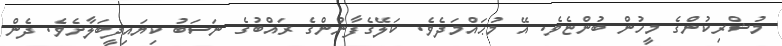
މުޝްރިކުންގެ މީހުން ބުންޏެވެ. އޭ މުޙައްމަދެވެ. ކަލޭގެފާނުންގެ ރައްބުގެ ނަސަބު ކިޔައިދީބަލާށެވެ. ދެން